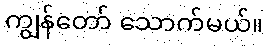
ကျွန်တော် သောက်မယ်။